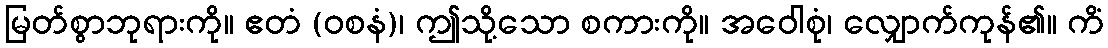
မြတ်စွာဘုရားကို။ ဧတံ (ဝစနံ)၊ ဤသို့သော စကားကို။ အဝေါစုံ၊ လျှောက်ကုန်၏။ ကိံ